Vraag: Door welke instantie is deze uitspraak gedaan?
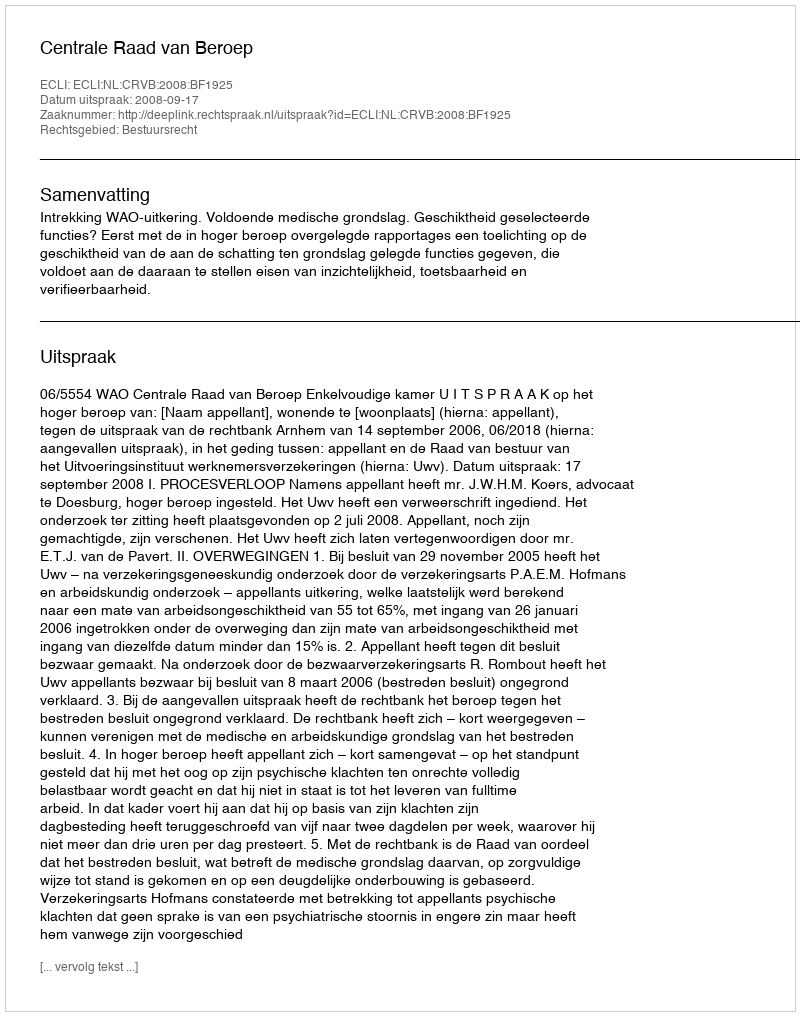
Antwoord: Centrale Raad van Beroep